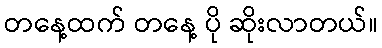
တနေ့ထက် တနေ့ ပို ဆိုးလာတယ်။